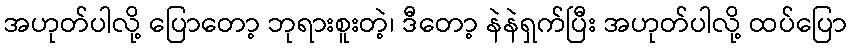
အဟုတ်ပါလို့ ပြောတော့ ဘုရားစူးတဲ့၊ ဒီတော့ နဲနဲရှက်ပြီး အဟုတ်ပါလို့ ထပ်ပြော